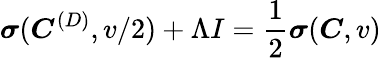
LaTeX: \boldsymbol{\sigma}(\boldsymbol{C}^{(D)},v/2)+\Lambda I=\frac{1}{2}\boldsymbol{\sigma}(\boldsymbol{C},v)